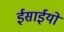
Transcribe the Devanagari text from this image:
ईसाईयो